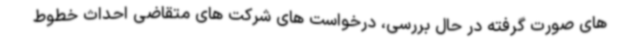
های صورت گرفته در حال بررسی، درخواست های شرکت های متقاضی احداث خطوط